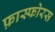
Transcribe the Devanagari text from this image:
फ़ास्फोरस